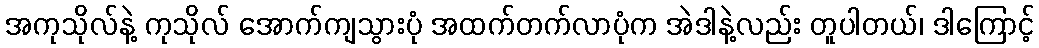
အကုသိုလ်နဲ့ ကုသိုလ် အောက်ကျသွားပုံ အထက်တက်လာပုံက အဲဒါနဲ့လည်း တူပါတယ်၊ ဒါကြောင့်